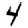
Digit: 4